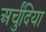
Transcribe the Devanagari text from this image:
अर्चुंदिया